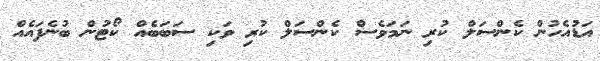
އަޑުއެހުން ކެންސަލް ކުރި ނަމަވެސް ކެންސަލް ކުރި ވަކި ސަބަބެއް ކޯޓުން ބުނެފައެއް